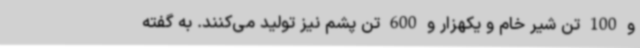
و 100 تن شیر خام و یکهزار و 600 تن پشم نیز تولید می‌کنند. به گفته